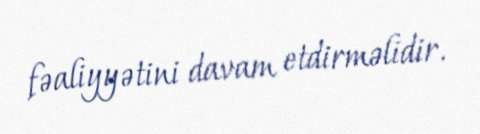
fəaliyyətini davam etdirməlidir.